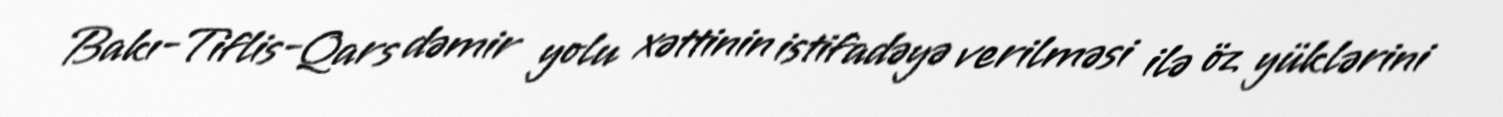
Bakı-Tiflis-Qars dəmir yolu xəttinin istifadəyə verilməsi ilə öz yüklərini